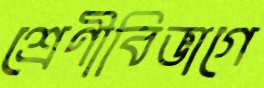
শ্রেণীবিভাগে